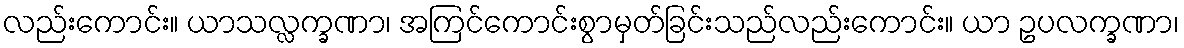
လည်းကောင်း။ ယာသလ္လက္ခဏာ၊ အကြင်ကောင်းစွာမှတ်ခြင်းသည်လည်းကောင်း။ ယာ ဥပလက္ခဏာ၊